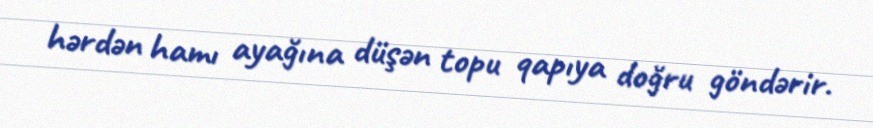
hərdən hamı ayağına düşən topu qapıya doğru göndərir.